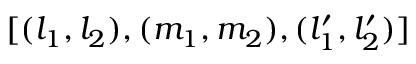
[ ( l _ { 1 } , l _ { 2 } ) , ( m _ { 1 } , m _ { 2 } ) , ( l _ { 1 } ^ { \prime } , l _ { 2 } ^ { \prime } ) ]